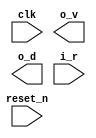
//------------------------------------------------------------------------------
//  http://github.com/gulakim/cory
//  
//------------------------------------------------------------------------------

`ifndef CORY_MASTER
    `define CORY_MASTER

    `ifndef CORY_FILENAME
        `define CORY_FILENAME  64
    `endif
    `ifndef CORY_STIM_DIR
        `define CORY_STIM_DIR   "."
    `endif

//------------------------------------------------------------------------------
//  master
//  N   : number of bits for data
//  T   : tick interval
//  V   : 0: incremental, 1: random, 2: from a file
//  I   : initial value for random data
//------------------------------------------------------------------------------
module cory_master # (
    parameter   N   = 64,
    parameter   T   = 0,
    parameter   V   = 1,
    parameter   I   = 0
) (
    input           clk,
    output          o_v,
    output  [N-1:0] o_d,
    input           i_r,
    input           reset_n
);

`ifdef  SIM
//------------------------------------------------------------------------------

reg     enabled;
reg     working;

always @(posedge clk or negedge reset_n)
    if (!reset_n)
        enabled <= 0;
    else
        enabled <= 1;

always @(posedge clk or negedge reset_n)
    if (!reset_n)
        working <= 0;
    else if (o_v)
        if (i_r)
            working <= 0;
        else
            working <= 1;

integer cnt;
wire    valid   = enabled && (cnt >= T);
assign  o_v = valid && (working ? 1 : 1);

always @(posedge clk or negedge reset_n)
    if (!reset_n)
        cnt <= 0;
    else if (o_v && i_r)
        cnt <= 0;
    else if (!o_v)
        cnt <= cnt + 1;

//------------------------------------------------------------------------------

reg     [N-1:0] data;
assign  o_d  = data;

//------------------------------------------------------------------------------
reg     [`CORY_FILENAME*8-1:0] filename;

integer file = 0;

integer i;
initial begin
    if (V == 2) begin
        $sformat (filename, "%s/%m.bin", `CORY_STIM_DIR);
        file    = $fopen (filename, "rb");
        if (file)
            $display ("NOTE:%m: reading from '%s'", filename);
        else begin
            $display ("ERROR:%m: cannot read from '%s'", filename);
            $finish;
        end
    end
end

localparam  NUMBYTE = N/8;

initial begin
    integer d;
    if (V == 2)
        for (d=0; d<NUMBYTE; d=d+1)
            data[d*8+:8]   = $fgetc (file);
end

always @(posedge clk or negedge reset_n) begin
    integer j;
    if (!reset_n) begin
        if (V != 2)
            data    <= I;
    end
    else if (o_v && i_r) begin
        case (V)
            0:  data    <= data + 1;
            1:  data    <= data * 21 + 1;
            2:  begin
                for (j=0; j<NUMBYTE; j=j+1)
                    data[j*8+:8]    <= $fgetc (file);
            end
        endcase
    end
end

`ifdef  CORY_MON
    cory_monitor #(N) u_monitor (
        .clk        (clk),
        .i_v        (o_v),
        .i_d        (o_d),
        .i_r        (i_r),
        .reset_n    (reset_n)
    );
`endif                                          //  CORY_MON

initial begin
    if (V == 2 && (((N/NUMBYTE)*NUMBYTE) != N)) begin
        $display ("ERROR:%m: N = %d not supported", N);
        $finish;
    end
end

`endif                                          // SIM

endmodule

`endif